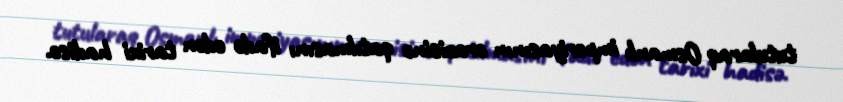
tutularaq Osmanlı imperiyasının ərazisinə qatılmasını ifadə edən tarixi hadisə.